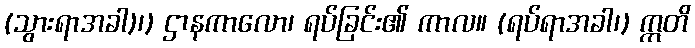
(သွားရာအခါ)၊) ဌာနကာလော၊ ရပ်ခြင်း၏ ကာလ။ (ရပ်ရာအခါ၊) ဣတိ